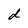
Character: d